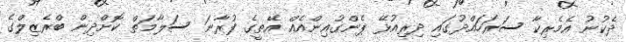
ދެކުނު އެމެރިކާ ސަރަހައްދުގައި ދިރިއުޅޭ ޕެންގުއިންއެއް އޭތީގެ ފުރާނަ ސަލާމަތް ކޮށްދިން ބްރެޒިލްގެ